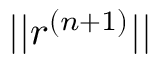
| | r ^ { ( n + 1 ) } | |